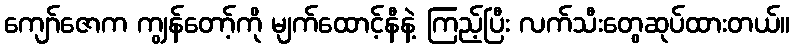
ကျော်ဇောက ကျွန်တော့်ကို မျက်ထောင့်နီနဲ့ ကြည့်ပြီး လက်သီးတွေဆုပ်ထားတယ်။